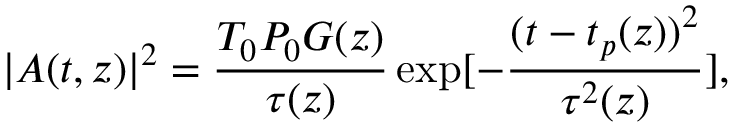
| A ( t , z ) | ^ { 2 } = \frac { T _ { 0 } P _ { 0 } G ( z ) } { \tau ( z ) } \exp [ - \frac { ( t - t _ { p } ( z ) ) ^ { 2 } } { \tau ^ { 2 } ( z ) } ] ,